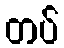
တပ်